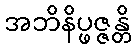
အဘိနိပ္ဖဇ္ဇန္တိ